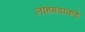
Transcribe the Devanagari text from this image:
लोहगडाकडे